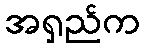
အရှည်က